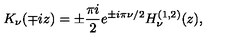
K _ { \nu } ( \mp i z ) = \pm \frac { \pi i } { 2 } e ^ { \pm i \pi \nu / 2 } H _ { \nu } ^ { ( 1 , 2 ) } ( z ) ,